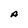
Character: A